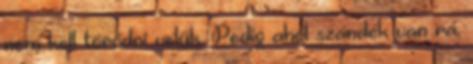
nem kell törődni velük. Pedig ahol szándék van rá,